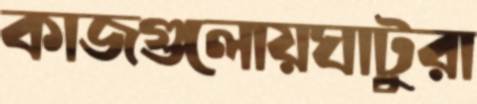
কাজগুলোয়ঘাটুরা